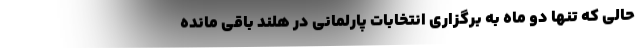
حالی که تنها دو ماه به برگزاری انتخابات پارلمانی در هلند باقی مانده